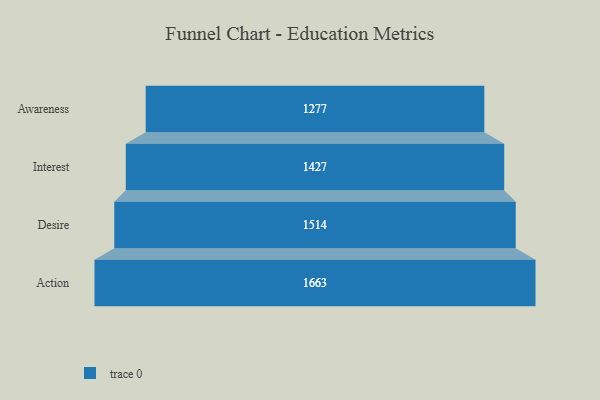
{"axis": {"x": "Stage", "y": "Value"}, "legend": [""], "data": [{"x": "Awareness", "y": 1277.0, "type": ""}, {"x": "Interest", "y": 1427.0, "type": ""}, {"x": "Desire", "y": 1514.0, "type": ""}, {"x": "Action", "y": 1663.0, "type": ""}]}